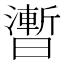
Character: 𣋫